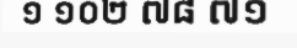
១ ១០២ ៧៨ ៧១